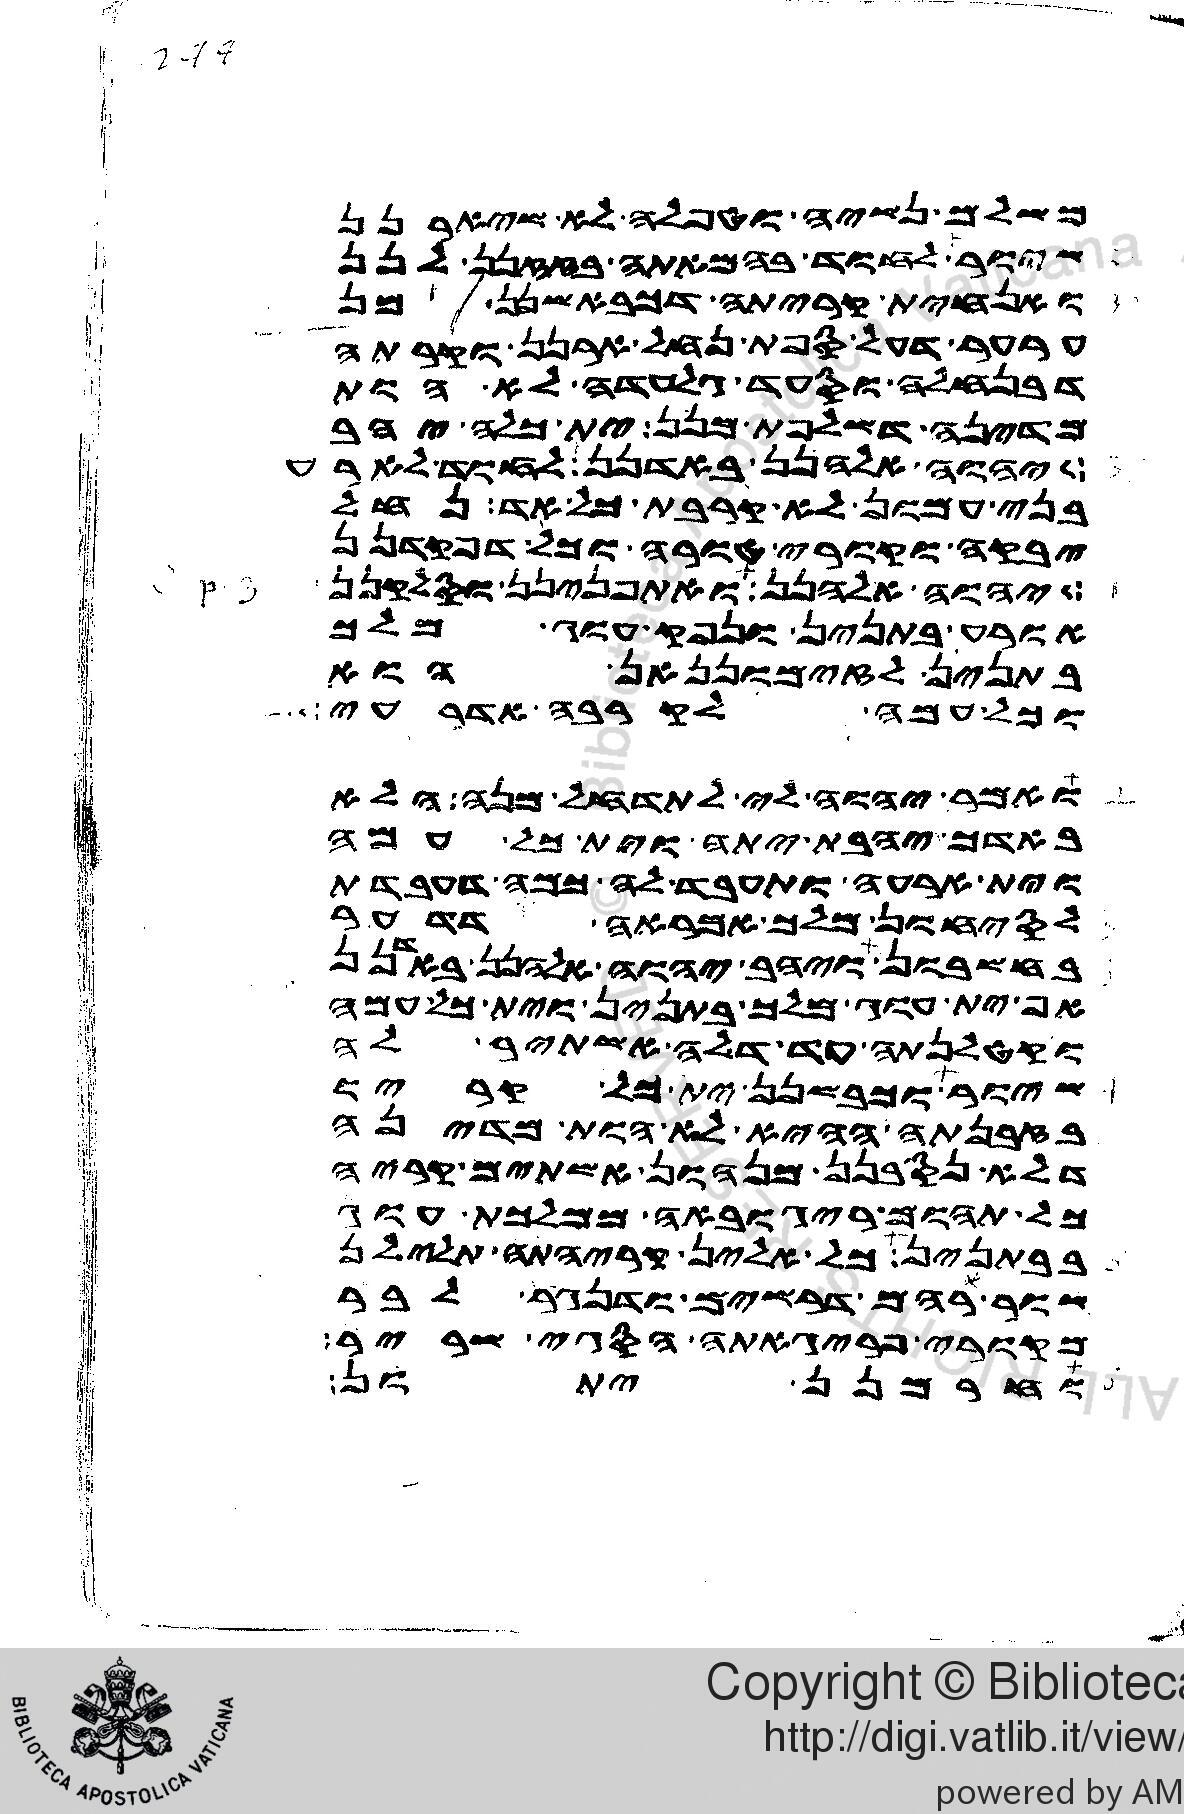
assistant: משלם נשיה וטפלה לא שיארנן
שיור לחוד בהמאתה בזזנן לנן
ואנחית קריתה דכבאשנן מן
ערער דעל ספת נחל ארנן וקרתה
דבנחלה וסעד גלעדה לא הות
מדינה דשלפת מנן ית כלה יהב
יהוה אלהנן באדנן לחוד לארע
בני עמון לא קרבת כל אד נחל
יבקה וקורי טורה וכל דפקדנן
יהוה אלהנן ואתפנינן וסלקנן
אורע בתנין ונפק עוג מלך
בתנין לזימוננאן הוא
וכל עמה לקרבה אדרעי
ואמר יהוה לי לתדחל מנה הלא
באדך יהבת יתה וית כל עמה
וית ארעה ותעבד לה כמה דעבדת
לסיחון מלך אמראה דדער
בחשבון ויהב יהוה אלהנן באדנן
אף ית עוג מלך בתנין וית כל עמה
וקטלנתה עד דלה אשתיר לה
שיור וכבשנן ית כל קריו
בזבנתה ההיא לא הות מדינה
דלא נסבנן מנהון אשתים קריה
כל תהום ריגובאה ממלכת עוג
בבתנין כל אלין קריהתה תלילן
שור רהם דרשים ודנגר לבר
מקורי פריגאתה הסגי שריר
וחרמנן יתון